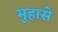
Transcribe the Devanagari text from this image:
मुहासे